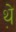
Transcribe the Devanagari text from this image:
थे़